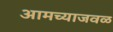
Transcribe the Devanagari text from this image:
आमच्याजवळ